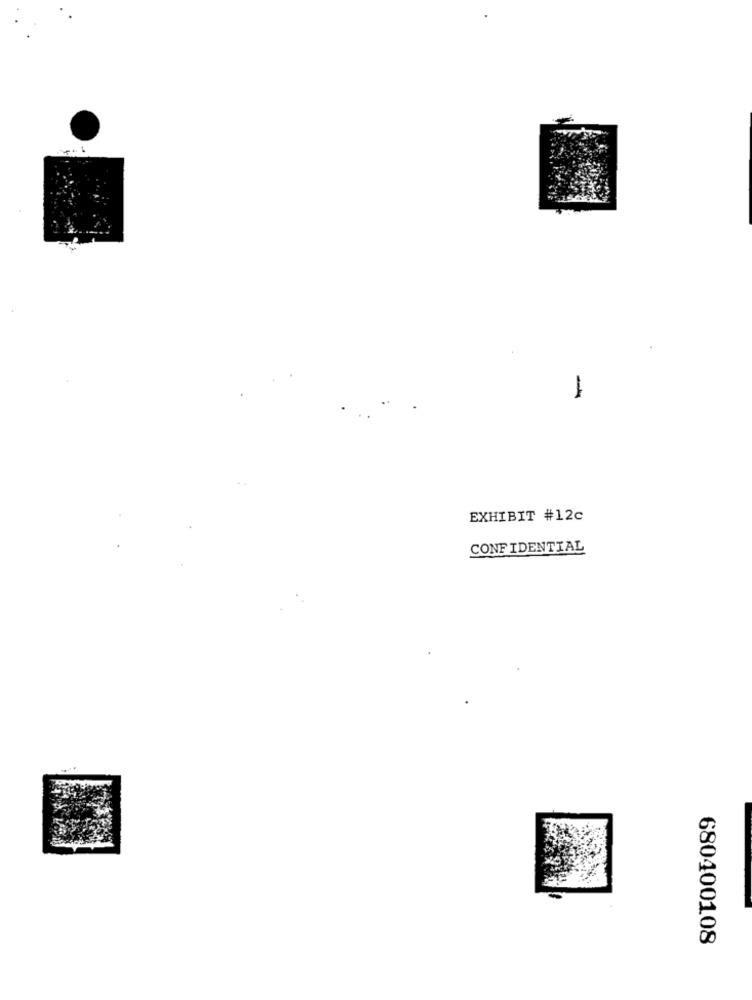
-
EXHIBIT #12c
CONFIDENTIAL
680400108